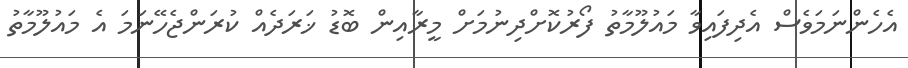
އެހެންނަމަވެސް އެދިފައިވާ މައުލޫމާތު ފޯރުކޮށްދިނުމަށް މީރާއިން ބޮޑު ޚަރަދެއް ކުރަންޖެހޭނަމަ އެ މައުލޫމާތު